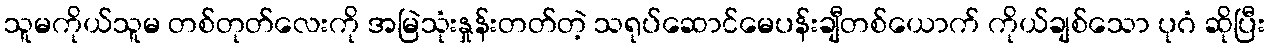
သူမကိုယ်သူမ တစ်တုတ်လေးကို အမြဲသုံးနှုန်းတတ်တဲ့ သရုပ်ဆောင်မေပန်းချီတစ်ယောက် ကိုယ်ချစ်သော ပုဂံ ဆိုပြီး